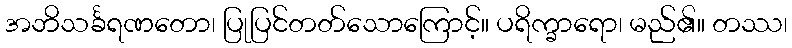
အဘိသင်္ခရဏတော၊ ပြုပြင်တတ်သောကြောင့်။ ပရိက္ခာရော၊ မည်၏။ တဿ၊